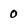
Character: 0